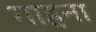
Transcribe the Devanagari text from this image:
गाहना